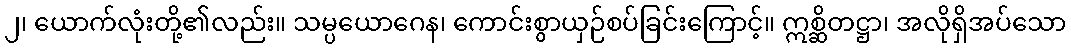
၂၊ ယောက်လုံးတို့၏လည်း။ သမ္ပယောဂေန၊ ကောင်းစွာယှဉ်စပ်ခြင်းကြောင့်။ ဣစ္ဆိတဋ္ဌာ၊ အလိုရှိအပ်သော